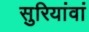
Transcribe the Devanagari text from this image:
सुरियांवां